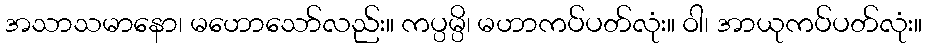
အသာသမာနော၊ မဟောသော်လည်း။ ကပ္ပမ္ပိ၊ မဟာကပ်ပတ်လုံး။ ဝါ၊ အာယုကပ်ပတ်လုံး။